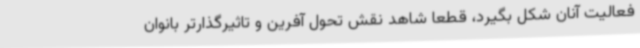
فعالیت آنان شکل بگیرد، قطعا شاهد نقش تحول آفرین و تاثیرگذارتر بانوان